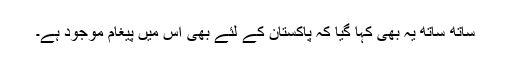
ساتھ ساتھ یہ بھی کہا گیا کہ پاکستان کے لئے بھی اس میں پیغام موجود ہے۔